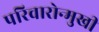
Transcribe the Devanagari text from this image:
परिवारोन्मुखी